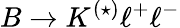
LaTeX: B\to K^{(\star)}\ell^{+}\ell^{-}